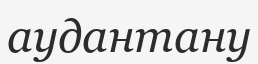
аудантану